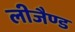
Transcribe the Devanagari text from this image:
लीजैण्ड